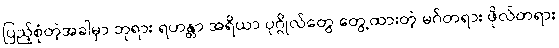
ပြည့်စုံတဲ့အခါမှာ ဘုရား ရဟန္တာ အရိယာ ပုဂ္ဂိုလ်တွေ တွေ့ထားတဲ့ မဂ်တရား ဖိုလ်တရား